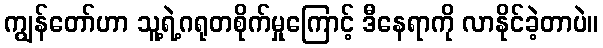
ကျွန်တော်ဟာ သူ့ရဲ့ဂရုတစိုက်မှုကြောင့် ဒီနေရာကို လာနိုင်ခဲ့တာပဲ။